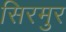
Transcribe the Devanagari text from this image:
सिरमुर